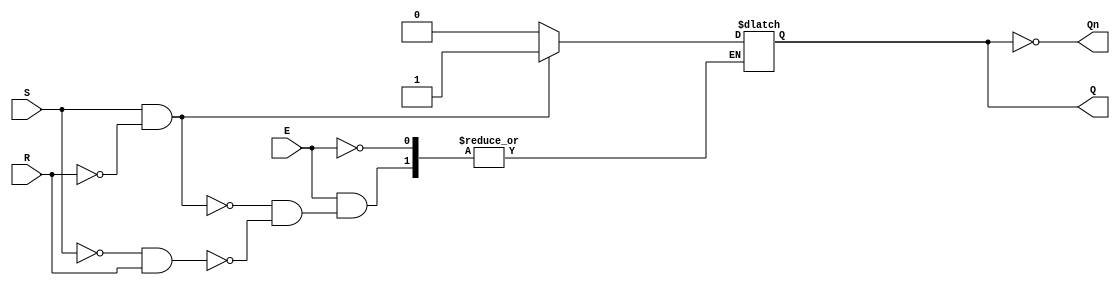
module gated_sr_latch (
    input wire S,      // Set input
    input wire R,      // Reset input
    input wire E,      // Enable input
    output reg Q,      // Output Q
    output wire Qn     // Complementary output Q'
);

    // Assign Q' (not Q)
    assign Qn = ~Q;

    always @ (E or S or R) begin
        if (E) begin
            if (S && ~R) begin
                Q <= 1'b1;  // Set Q to 1
            end else if (~S && R) begin
                Q <= 1'b0;  // Reset Q to 0
            end
            // If S and R are both high, we do not change the state
            // This condition can be treated as invalid/undefined.
        end
        // If E is low, maintain the previous state of Q
    end

endmodule